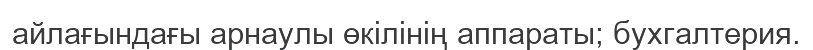
айлағындағы арнаулы өкілінің аппараты; бухгалтерия.